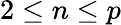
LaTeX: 2\leq n\leq p